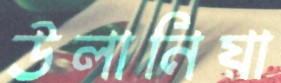
উলানিয়া